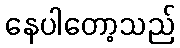
နေပါတော့သည်